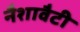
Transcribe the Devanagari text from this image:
नैशावैटी